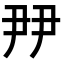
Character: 𡱉